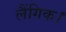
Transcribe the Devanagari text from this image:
लैंगिक।